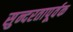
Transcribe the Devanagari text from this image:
सुन्दरतापूर्वक